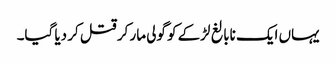
یہاں ایک نابالغ لڑکے کو گولی مار کر قتل کر دیا گیا۔